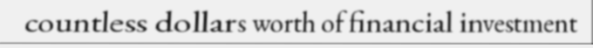
countless dollars worth of financial investment